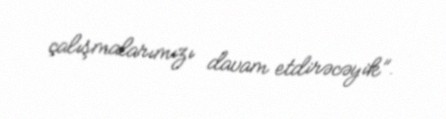
çalışmalarımızı davam etdirəcəyik”.